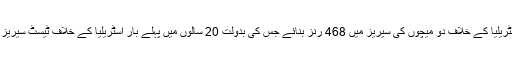
پہلے متحدہ عرب امارات میں آسٹریلیا کے خلاف دو میچوں کی سیریز میں 468 رنز بنائے جس کی بدولت 20 سالوں میں پہلے بار آسٹریلیا کے خلاف ٹیسٹ سیریز جیتنے میں پاکستان کامیاب رہا۔